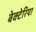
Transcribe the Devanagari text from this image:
बेक्टेरिया